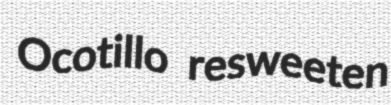
Ocotillo resweeten